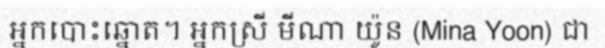
អ្នកបោះឆ្នោត។ អ្នកស្រី មីណា យ៉ូន (Mina Yoon) ជា